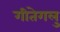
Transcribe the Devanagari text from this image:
गीतेगलु